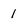
Character: 1